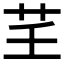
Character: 𦬰